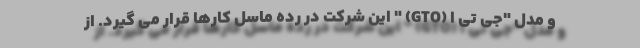
و مدل "جی تی اُ (GTO) " این شرکت در رده ماسل کارها قرار می گیرد. از